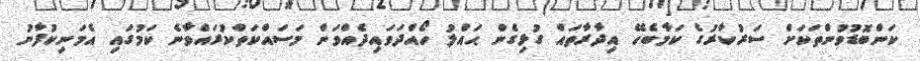
ކަންބޮޑުވުންތަކަށް ސަރުކާރުގެ ކަމާބެހޭ އިދާރާތައް ގުޅިގެން ޙައްލު ހޯއްދަވައިދެއްވަން މަސައްކަތްކުރައްވާނެ ކަމުގައި އެމަނިކުފާނު